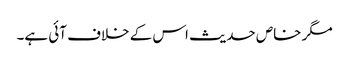
مگر خاص حدیث اس کے خلاف آئی ہے۔